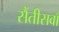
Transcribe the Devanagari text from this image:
सैंतीसवाँ